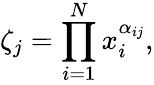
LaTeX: \zeta_{j}=\prod_{i=1}^{N}x_{i}^{\alpha_{ij}},